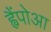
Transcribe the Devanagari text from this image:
ह्वैंपोआ